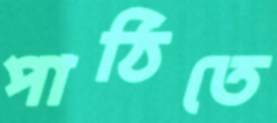
পাঠিতে